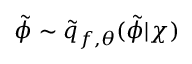
\tilde { \phi } \sim \tilde { q } _ { f , \theta } ( \tilde { \phi } | \chi )